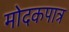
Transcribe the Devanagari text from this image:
मोदकपात्र